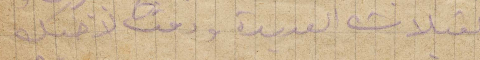
القبلات العديدة ودمت لاخيك